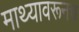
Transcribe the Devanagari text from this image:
माथ्यावरूनच